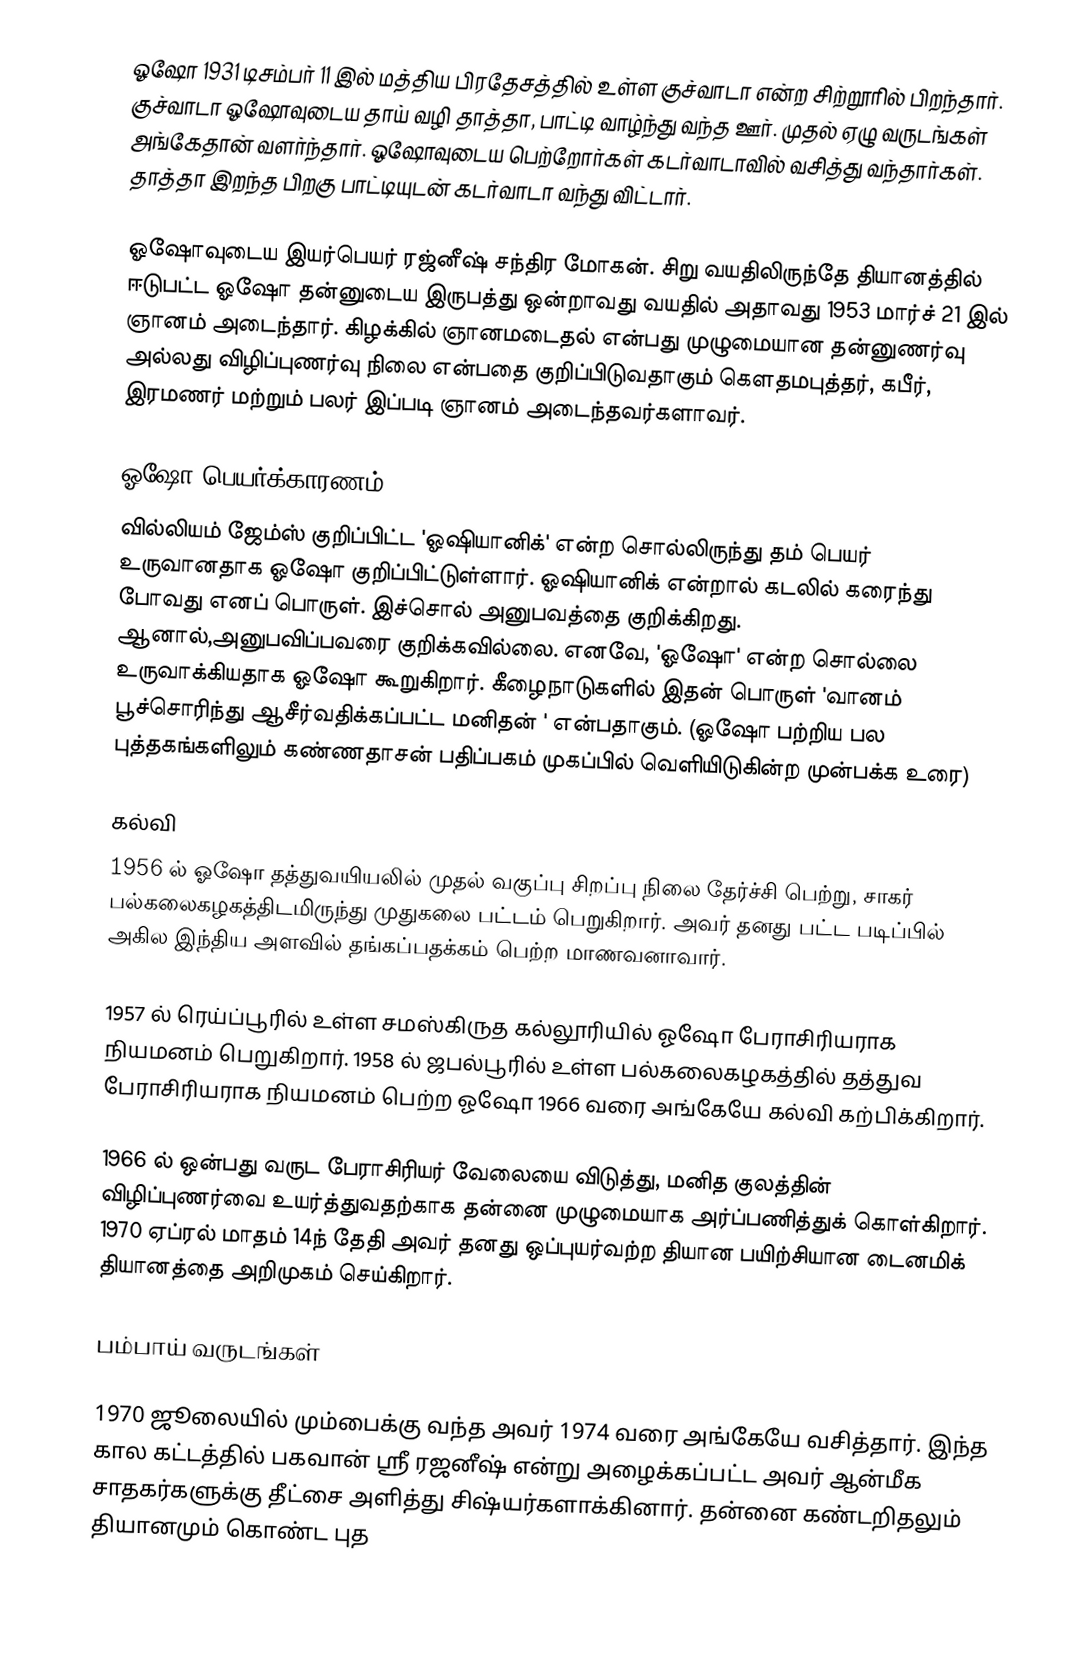
ஓஷோ 1931 டிசம்பர் 11 இல் மத்திய பிரதேசத்தில் உள்ள குச்வாடா என்ற சிற்றூரில் பிறந்தார். குச்வாடா ஓஷோவுடைய தாய் வழி தாத்தா, பாட்டி வாழ்ந்து வந்த ஊர். முதல் ஏழு வருடங்கள் அங்கேதான் வளர்ந்தார். ஓஷோவுடைய பெற்றோர்கள் கடர்வாடாவில் வசித்து வந்தார்கள். தாத்தா இறந்த பிறகு பாட்டியுடன் கடர்வாடா வந்து விட்டார்.

ஓஷோவுடைய இயர்பெயர் ரஜ்னீஷ் சந்திர மோகன். சிறு வயதிலிருந்தே தியானத்தில் ஈடுபட்ட ஓஷோ தன்னுடைய இருபத்து ஒன்றாவது வயதில் அதாவது 1953 மார்ச் 21 இல் ஞானம் அடைந்தார். கிழக்கில் ஞானமடைதல் என்பது முழுமையான தன்னுணர்வு அல்லது விழிப்புணர்வு நிலை என்பதை குறிப்பிடுவதாகும் கெளதமபுத்தர்,  கபீர்,  இரமணர் மற்றும் பலர் இப்படி ஞானம் அடைந்தவர்களாவர்.

ஓஷோ-பெயர்க்காரணம்
வில்லியம் ஜேம்ஸ் குறிப்பிட்ட 'ஓஷியானிக்' என்ற சொல்லிருந்து தம் பெயர் உருவானதாக ஓஷோ குறிப்பிட்டுள்ளார். ஓஷியானிக் என்றால் கடலில் கரைந்து போவது எனப் பொருள். இச்சொல் அனுபவத்தை குறிக்கிறது. ஆனால்,அனுபவிப்பவரை குறிக்கவில்லை.  எனவே, 'ஓஷோ' என்ற சொல்லை உருவாக்கியதாக ஓஷோ கூறுகிறார். கீழைநாடுகளில் இதன் பொருள் 'வானம் பூச்சொரிந்து ஆசீர்வதிக்கப்பட்ட மனிதன் ' என்பதாகும்.  (ஓஷோ பற்றிய பல புத்தகங்களிலும் கண்ணதாசன் பதிப்பகம்  முகப்பில் வெளியிடுகின்ற முன்பக்க உரை)

கல்வி
1956 ல் ஓஷோ தத்துவயியலில் முதல் வகுப்பு சிறப்பு நிலை தேர்ச்சி பெற்று, சாகர் பல்கலைகழகத்திடமிருந்து முதுகலை பட்டம் பெறுகிறார். அவர் தனது பட்ட படிப்பில் அகில இந்திய அளவில் தங்கப்பதக்கம் பெற்ற மாணவனாவார்.

1957 ல் ரெய்ப்பூரில் உள்ள சமஸ்கிருத கல்லூரியில் ஓஷோ பேராசிரியராக நியமனம் பெறுகிறார். 1958 ல் ஜபல்பூரில் உள்ள பல்கலைகழகத்தில் தத்துவ பேராசிரியராக நியமனம் பெற்ற ஓஷோ 1966 வரை அங்கேயே கல்வி கற்பிக்கிறார்.

1966 ல் ஒன்பது வருட பேராசிரியர் வேலையை விடுத்து, மனித குலத்தின் விழிப்புணர்வை உயர்த்துவதற்காக தன்னை முழுமையாக அர்ப்பணித்துக் கொள்கிறார். 1970 ஏப்ரல் மாதம் 14ந் தேதி அவர் தனது ஒப்புயர்வற்ற தியான பயிற்சியான டைனமிக் தியானத்தை அறிமுகம் செய்கிறார்.

பம்பாய் வருடங்கள்

1970 ஜூலையில் மும்பைக்கு வந்த அவர் 1974 வரை அங்கேயே வசித்தார். இந்த கால கட்டத்தில் பகவான் ஸ்ரீ ரஜனீஷ் என்று அழைக்கப்பட்ட அவர் ஆன்மீக சாதகர்களுக்கு தீட்சை அளித்து சிஷ்யர்களாக்கினார். தன்னை கண்டறிதலும் தியானமும் கொண்ட புத